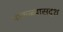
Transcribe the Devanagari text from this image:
पाकळ्यासदृश